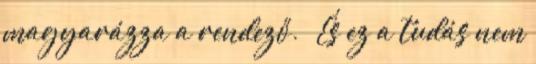
magyarázza a rendező. – És ez a tudás nem